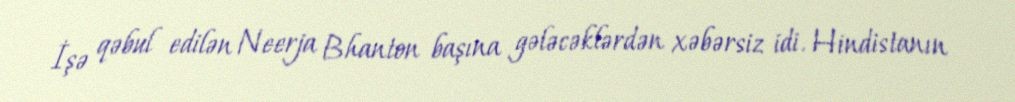
İşə qəbul edilən Neerja Bhanton başına gələcəklərdən xəbərsiz idi. Hindistanın